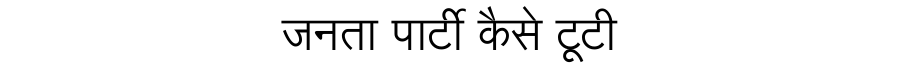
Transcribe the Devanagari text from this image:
जनता पार्टी कैसे टूटी